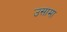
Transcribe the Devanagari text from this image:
उसामा